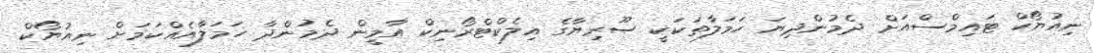
ނިއުޔޯކް ޓައިމްސްއަށް ދެމުންދިޔަ ހަމަލާތަކަކީ ސޫރިޔާގެ އިލެކްޓްރޯނިކް އާމީން ދެމުންދާ ހަމަލާއެއްކަމަށް ނިއުޔޯކް